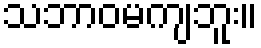
သဘာဝမကျဘူး။